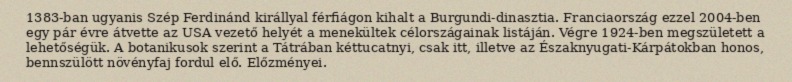
1383-ban ugyanis Szép Ferdinánd királlyal férfiágon kihalt a Burgundi-dinasztia. Franciaország ezzel 2004-ben egy pár évre átvette az USA vezető helyét a menekültek célországainak listáján. Végre 1924-ben megszületett a lehetőségük. A botanikusok szerint a Tátrában kéttucatnyi, csak itt, illetve az Északnyugati-Kárpátokban honos, bennszülött növényfaj fordul elő. Előzményei.